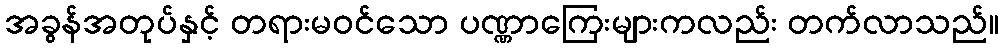
အခွန်အတုပ်နှင့် တရားမဝင်သော ပဏ္ဏာကြေးများကလည်း တက်လာသည်။